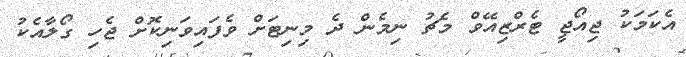
އެކަމަކު ޖިއޯޖީ ޓެރްޒިއޭވް މެޗު ނިމެން ދެ މިނިޓަށް ވެފައިވަނިކޮށް ޖެހި ގޯލާއެކު